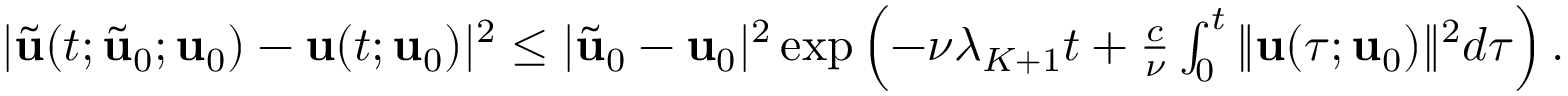
\begin{array} { r } { | \tilde { \mathbf { u } } ( t ; \tilde { \mathbf { u } } _ { 0 } ; \mathbf { u } _ { 0 } ) - \mathbf { u } ( t ; \mathbf { u } _ { 0 } ) | ^ { 2 } \leq | \tilde { \mathbf { u } } _ { 0 } - \mathbf { u } _ { 0 } | ^ { 2 } \exp \left( - \nu \lambda _ { K + 1 } t + \frac { c } { \nu } \int _ { 0 } ^ { t } \| \mathbf { u } ( \tau ; \mathbf { u } _ { 0 } ) \| ^ { 2 } d \tau \right) . } \end{array}